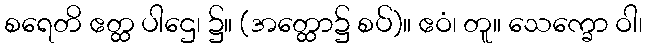
စရေတိ ဧတ္ထ ပါဌေ၊ ၌။ (အတ္ထော၌ စပ်)။ ဧဝံ၊ တူ။ သေက္ခော ဝါ၊